Leningradi_Edasi_toimetus, lk 26
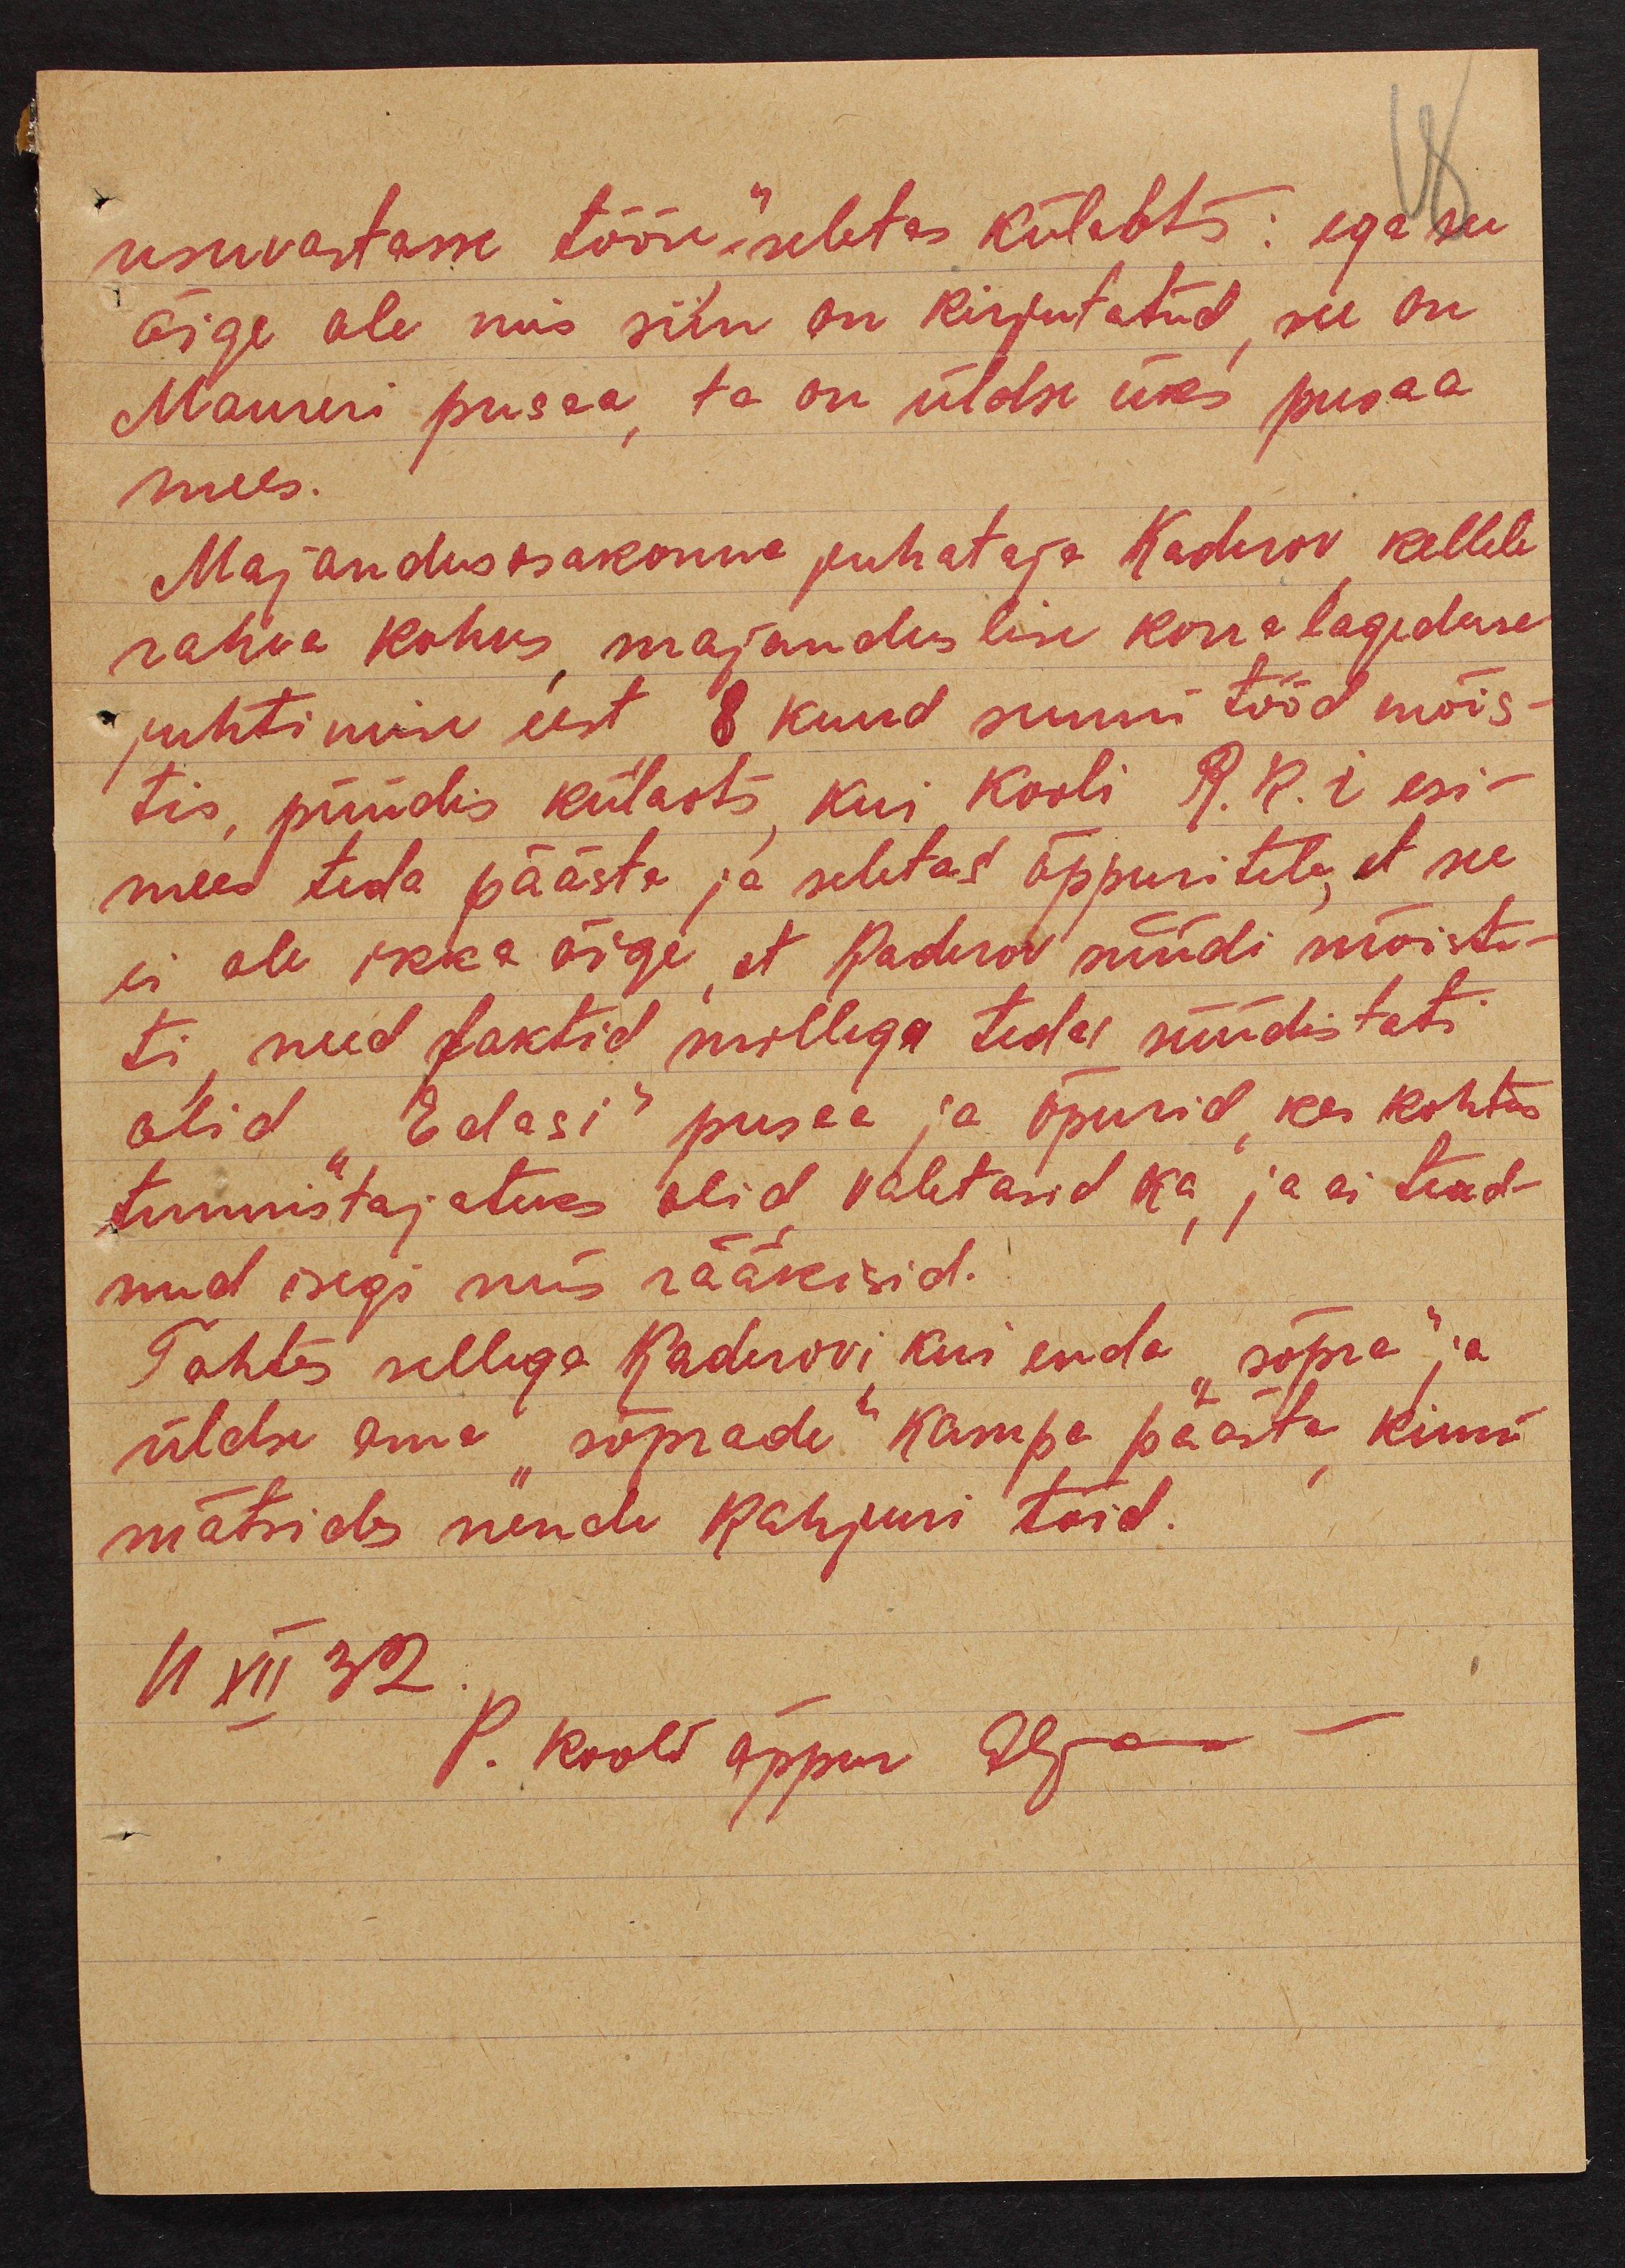
usuvastasse tööse" seletas Külaots: ega see
õige ole mis siin on kirjutatud, see on
Maureri pusaa, ta on üldse üks pusaa
mees.
Majandusosakonna juhataja Kaderov, kellele
rahva kohus, majanduslise korralageduse
juhtimise eest 8 kuud sunni tööd mõis-
tis, püüdis külaots, kui kooli R.K.i esi-
mees teda päästa ja seletas õppuritele, et see
ei ole ikka õige, et Kaderov nüüdi mõiste-
ti, need faktid millega teda süüdistati
olid "Edasi" pusaa ja õpurid, kes kohtus
tunnistajateks olid, valetasid ka, ja ei tead-
nud isegi mis rääkisid.
Tahtes sellega Kaderovi kui enda "sõpra" ja
üldse oma "sõprade" kampa päästa, kinni
mätsides nende Kahjuri töid.
11 XII 32.
P. Kooli õppur Aljas